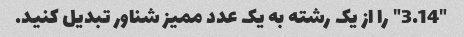
"3.14" را از یک رشته به یک عدد ممیز شناور تبدیل کنید.